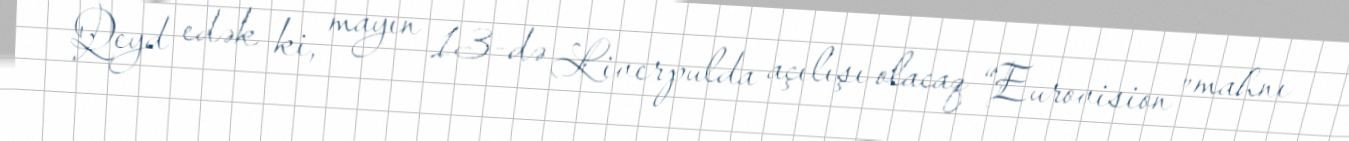
Qeyd edək ki, mayın 13-də Liverpulda açılışı olacaq “Eurovision” mahnı